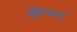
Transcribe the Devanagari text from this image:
ओग्डन